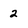
Character: 2